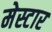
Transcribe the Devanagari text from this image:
मेस्टार